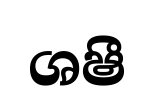
ශෂී